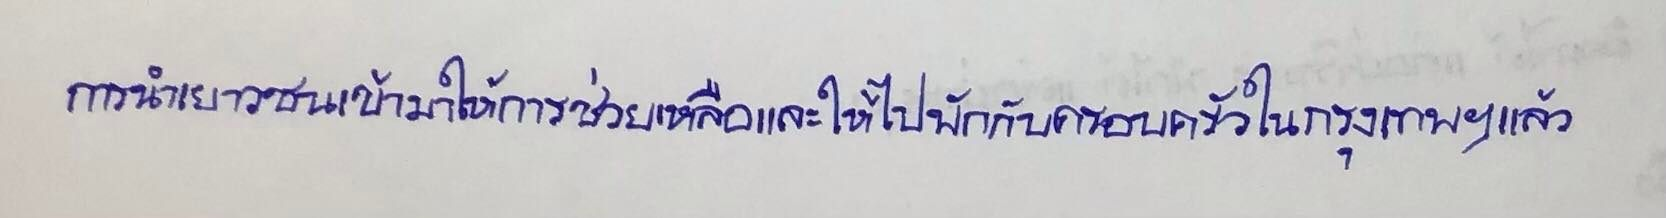
การนำเยาวชนเข้ามาให้การช่วยเหลือและให้ไปพักกับครอบครัวในกรุงเทพฯแล้ว